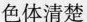
色体清楚